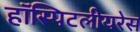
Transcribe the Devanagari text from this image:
हॉस्पिटलीयरेस